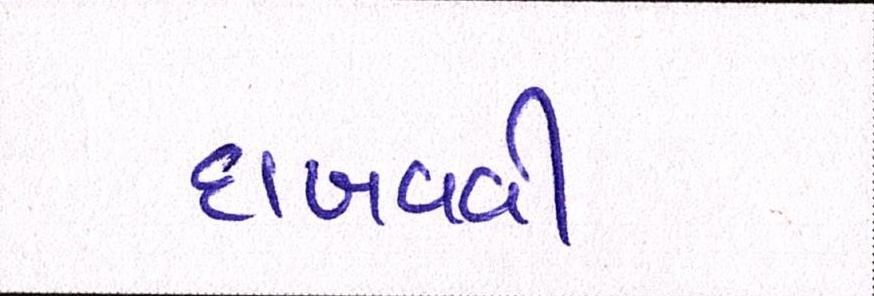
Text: દાખવવી